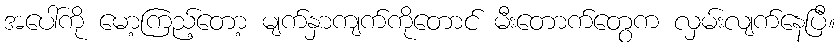
အပေါ်ကို မော့ကြည့်တော့ မျက်နှာကျက်ကိုတောင် မီးတောက်တွေက လှမ်းလျက်နေပြီ။